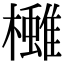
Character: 𪴓